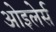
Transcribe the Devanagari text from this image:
ओइलेर्स